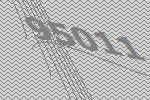
95011